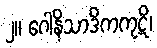
၂။ ဂေါနိသာဒိကကုဋိ၊